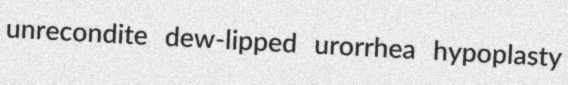
unrecondite dew-lipped urorrhea hypoplasty